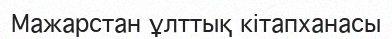
Мажарстан ұлттық кітапханасы